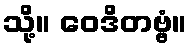
သို့။ ဝေဒိတဗ္ဗံ။